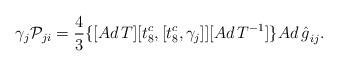
LaTeX: \begin{align*}\gamma_j{\cal P}_{ji}= \frac{4}{3}\{[Ad\,T][t^c_{8},[t^c_{8},{\gamma}_j]][Ad\,T^{-1}]\}{Ad\,{\hat{g}}}_{ij}.\end{align*}